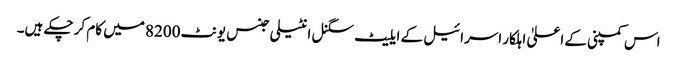
اس کمپنی کے اعلیٰ اہلکار اسرائیل کے ایلیٹ سگنل انٹیلی جنس یونٹ 8200 میں کام کر چکے ہیں۔